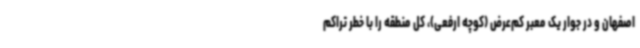
اصفهان و در جوار یک معبر کم‌عرض (کوچه ارفعی)، کل منطقه را با خطر تراکم